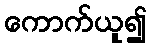
ကောက်ယူ၍